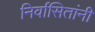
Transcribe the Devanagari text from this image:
निर्वासितांनी